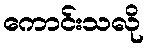
ကောင်းသလို